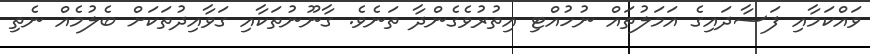
ވައްކަމާއި ފަސާދައިގެ އަމަލުތައް ނުހުއްޓި އިތުރުވެގެންދާ ތަނެވެ. ގާނޫނުތަކާއި ގަވާއިދުތަކަށް ބެލުމެއް ނެތި